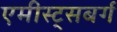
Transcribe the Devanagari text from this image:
एमीस्ट्सबर्ग